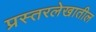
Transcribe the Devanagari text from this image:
प्रस्तरलेखातील